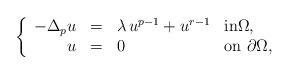
LaTeX: \begin{align*} \left\{\begin{array}{r c l l}-\Delta_p u & = & \lambda\,u^{p-1}+ u^{r-1} & \textrm{in}\Omega, \\ u & = & 0 & \textrm{on }\partial\Omega,\end{array}\right.\end{align*}